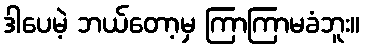
ဒါပေမဲ့ ဘယ်တော့မှ ကြာကြာမခံဘူး။